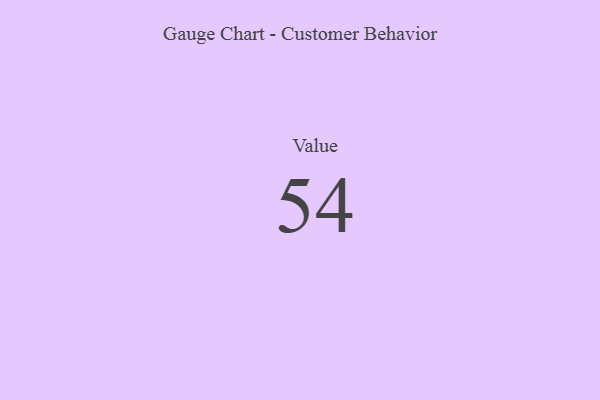
{"axis": {"x": "Metric", "y": "Value"}, "legend": [""], "data": [{"x": "Value", "y": 54, "type": ""}]}